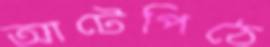
আটেপিঠে